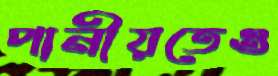
পানীয়তেও